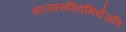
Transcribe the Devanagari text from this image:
साज्यसमिदभिर्यजति